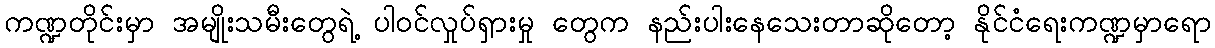
ကဏ္ဍတိုင်းမှာ အမျိုးသမီးတွေရဲ့ ပါဝင်လှုပ်ရှားမှု တွေက နည်းပါးနေသေးတာဆိုတော့ နိုင်ငံရေးကဏ္ဍမှာရော